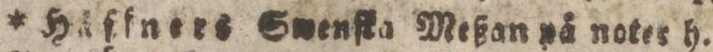
* Häffners Swenſka Meßan på noter h.